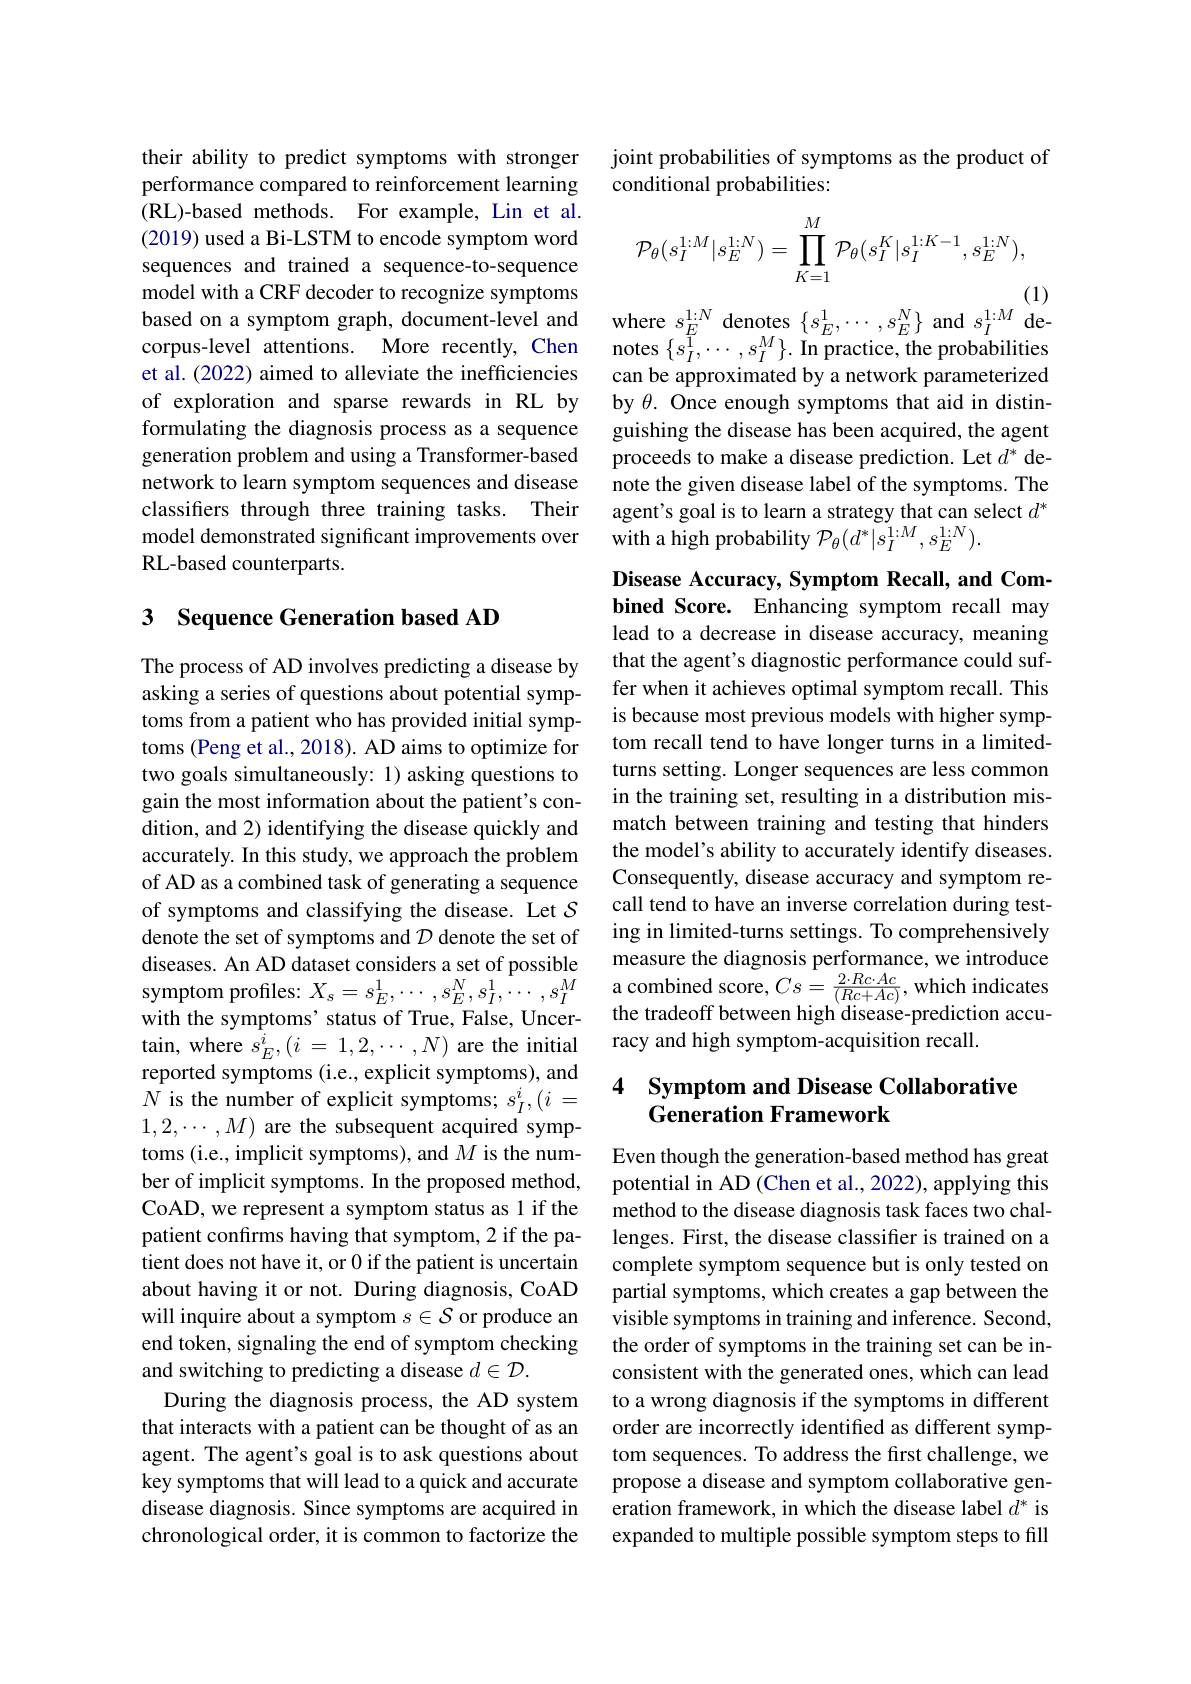
their ability to predict symptoms with stronger performance compared to reinforcement learning (RL)-based methods. For example, Lin et al. (2019) used a Bi-LSTM to encode symptom word sequences and trained a sequence-to-sequence model with a CRF decoder to recognize symptoms et al. (2022) aimed to alleviate the inefficiencies of exploration and sparse rewards in RL by formulating the diagnosis process as a sequence generation problem and using a Transformer-based network to learn symptom sequences and disease classifers through three training tasks. Their model demonstrated significant improvements over RL-based counterparts.

## 3 Sequence Generation based AD

The process of AD involves predicting a disease by asking a series of questions about potential symptoms from a patient who has provided initial symptoms (Peng et al., 2018). AD aims to optimize for two goals simultaneously: 1) asking questions to gain the most information about the patient's condition, and 2) identifying the disease quickly and accurately. In this study, we approach the problem of AD as a combined task of generating a sequence of symptoms and classifying the disease. Let $\mathcal{S}$ denote the set of symptoms and $\mathcal{D}$ denote the set of with the symptoms' status of True, False, Uncertain, where $\hat{s} _E^i, ( i$ = $1, 2, \cdots , N)$ are the initial reported symptoms (i.e., explicit symptoms), and $N$ is the number of explicit symptoms; $s_I^i,(i=$ $1,2,\cdots,M)$ are the subsequent acquired symptoms (i.e., implicit symptoms), and $M$ is the number of implicit symptoms. In the proposed method, CoAD, we represent a symptom status as 1 if the patient confirms having that symptom, 2 if the patient does not have it, or 0 if the patient is uncertain about having it or not. During diagnosis, CoAD will inquire about a symptom $s\in\mathcal{S}$ or produce an end token, signaling the end of symptom checking and switching to predicting a disease $d\in\mathcal{D}.$
During the diagnosis process, the AD system that interacts with a patient can be thought of as an agent. The agent's goal is to ask questions about key symptoms that will lead to a quick and accurate disease diagnosis. Since symptoms are acquired in chronological order, it is common to factorize the

joint probabilities of symptoms as the product of
conditional probabilities:
$$\mathcal{P}_\theta(s_I^{1:M}|s_E^{1:N})=\prod_{K=1}^M\mathcal{P}_\theta(s_I^K|s_I^{1:K-1},s_E^{1:N}),$$
(1)
based on a symptom graph, document-level and where $s_E^{1:N}$ denotes $\{s_E^1,\cdots,s_E^N\}$ and $s_I^{1:M}$ decorpus-level attentions. More recently, Chen notes $\{s_I^1,\cdots,s_I^M\}.$ In practice, the probabilities

can be approximated by a network parameterized by $\theta.$ Once enough symptoms that aid in distinguishing the disease has been acquired, the agent proceeds to make a disease prediction. Let $d^*$ denote the given disease label of the symptoms. The agent's goal is to learn a strategy that can select $d^*$ with a high probability $\mathcal{P}_\theta(d^*|s_I^{1:M},s_E^{1:N}).$

Disease Accuracy, Symptom Recall, and Com-

bined Score. Enhancing symptom recall may lead to a decrease in disease accuracy, meaning that the agent's diagnostic performance could suffer when it achieves optimal symptom recall. This is because most previous models with higher symptom recall tend to have longer turns in a limitedturns setting. Longer sequences are less common in the training set, resulting in a distribution mismatch between training and testing that hinders the model's ability to accurately identify diseases. Consequently, disease accuracy and symptom recall tend to have an inverse correlation during testing in limited-turns settings. To comprehensively
diseases. An AD dataset considers a set of possiblemeasure the diagnosis performance, we introduce symptom profiles: $X_{s}= s_{E}^{1}, \cdots , s_{E}^{N}, s_{I}^{1}, \cdots , s_{I}^{M}$a combined score, $Cs= \frac {2\cdot Rc\cdot Ac}{( Rc+ Ac) }$,which indicates with the sympt
racy and high symptom-acquisition recall.

## 4 Symptom and Disease Collaborative Generation Framework

Even though the generation-based method has great potential in AD (Chen et al., 2022), applying this method to the disease diagnosis task faces two challenges. First, the disease classifer is trained on a complete symptom sequence but is only tested on partial symptoms, which creates a gap between the visible symptoms in training and inference. Second, the order of symptoms in the training set can be inconsistent with the generated ones, which can lead to a wrong diagnosis if the symptoms in different order are incorrectly identified as different symptom sequences. To address the first challenge, we propose a disease and symptom collaborative generation framework, in which the disease label $d^*$ is expanded to multiple possible symptom steps to fill